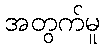
အတွက်မူ